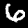
Digit: 6